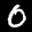
Label: 0